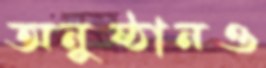
অনুষ্ঠানও